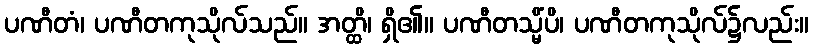
ပဏီတံ၊ ပဏီတကုသိုလ်သည်။ အတ္ထိ၊ ရှိ၏။ ပဏီတသ္မိံပိ၊ ပဏီတကုသိုလ်၌လည်း။